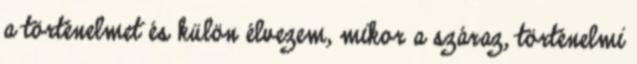
a történelmet és külön élvezem, mikor a száraz, történelmi